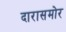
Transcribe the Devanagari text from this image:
दारासमोर